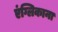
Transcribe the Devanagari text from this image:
एंग्लिकाना